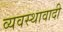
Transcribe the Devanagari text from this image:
व्यवस्थावादी